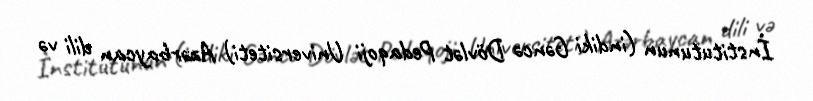
İnstitutunun (indiki Gəncə Dövlət Pedaqoji Universiteti) Azərbaycan dili və